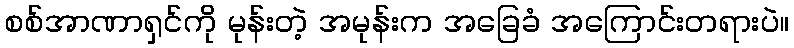
စစ်အာဏာရှင်ကို မုန်းတဲ့ အမုန်းက အခြေခံ အကြောင်းတရားပဲ။